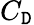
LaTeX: C_{\mathtt{D}}